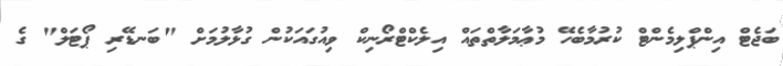
ބަޖެޓް އިންޕްލިމެންޓް ކުރުމާބެހޭ މުޢާމަލާތްތައް އިލެކްޓްރޯނިކް ވިއުގައަކުން ގުޅާލުމަށް "ބަނޑޭރި ޕޯޓަލް" ގެ